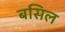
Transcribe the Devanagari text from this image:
बसिल